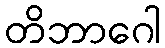
တိဘာဂေါ